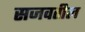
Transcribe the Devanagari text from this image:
सजवतील